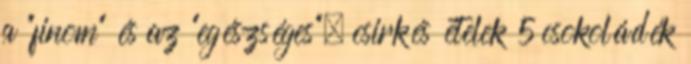
a “finom” és az “egészséges”. csirkés ételek 5 csokoládék